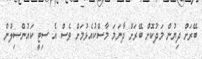
ބޭރަށް ދިޔުން މަދުކޮށް ބޭރަށް ދާނަމަ މާސްކުއެޅުމަށް ވެސް އެ ސިޓީ ކައުންސިލުން